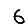
Digit: 6